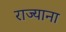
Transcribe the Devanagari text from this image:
राज्याना